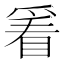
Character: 𬋭